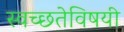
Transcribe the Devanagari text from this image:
स्वच्छतेविषयी